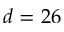
d = 2 6